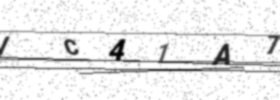
Text: IC41A7